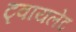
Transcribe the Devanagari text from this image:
ट्वायलेट